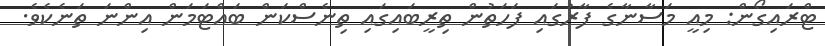
ޓްރައިގޯން: މިއީ މަސާނާގެ ފާރުގައި ފަހަތުން ތިރީބައިގައި ތިނެސްކަން ބައްޓަމަން އިންނަ ތަނެކެވެ.